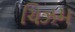
ચિઝમ